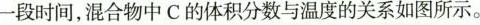
一段时间，混合物中C的体积分数与温度的关系如图所示。